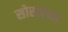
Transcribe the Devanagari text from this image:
सोरठाच्या